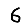
Digit: 6